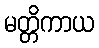
မတ္တိကာယ